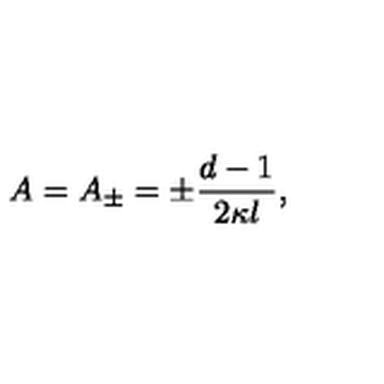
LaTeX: A = A _ { \pm } = \pm \frac { d - 1 } { 2 \kappa l } ,